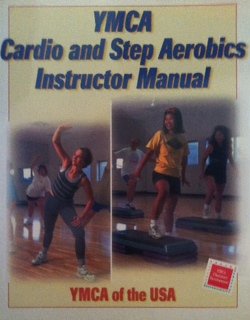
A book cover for YMCA Cardio and Step Aerobics: Instructor Manual; Health, Fitness & Dieting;